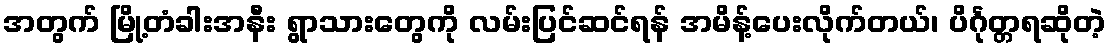
အတွက် မြို့တံခါးအနီး ရွာသားတွေကို လမ်းပြင်ဆင်ရန် အမိန့်ပေးလိုက်တယ်၊ ပိင်္ဂုတ္တရဆိုတဲ့